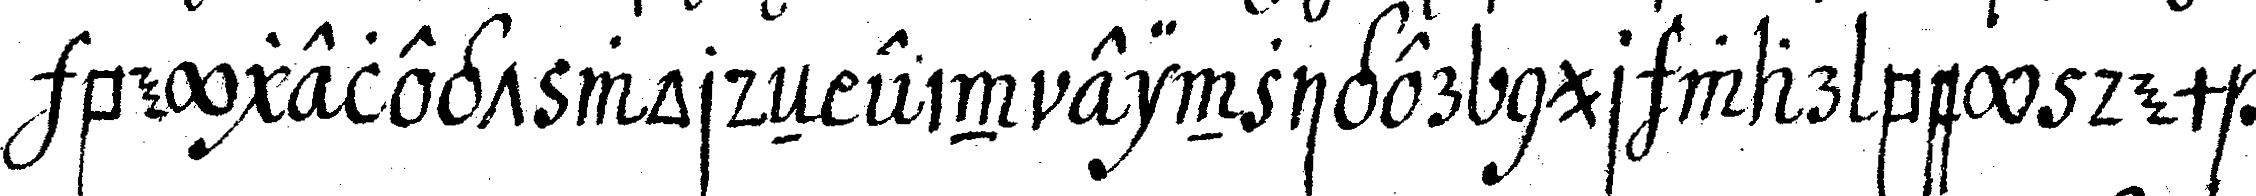
beygelegt wordeN ein einziger nur war bey dem